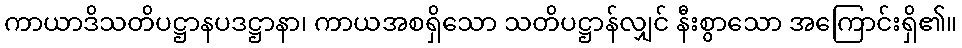
ကာယာဒိသတိပဋ္ဌာနပဒဋ္ဌာနာ၊ ကာယအစရှိသော သတိပဋ္ဌာန်လျှင် နီးစွာသော အကြောင်းရှိ၏။